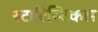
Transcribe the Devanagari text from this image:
स्टाटिस्टिकल